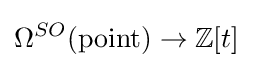
\Omega ^{SO}({\text{point}})\to \mathbb {Z} [t]